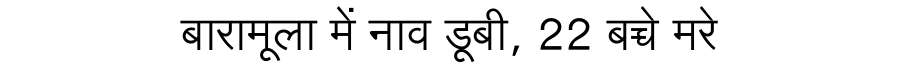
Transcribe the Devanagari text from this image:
बारामूला में नाव डूबी, 22 बच्चे मरे